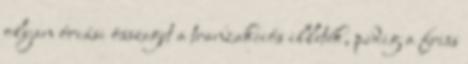
olyan óriási összeget a tranzakciós illeték, pedig a friss